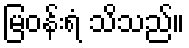
မြဝန်းရံ သိသည်။